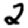
Digit: 2